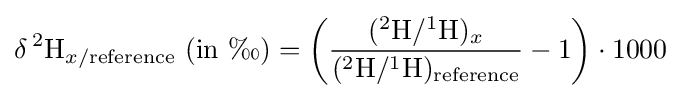
\delta \,^{2}\mathrm {H} _{x/{\text{reference}}}{\text{ (in ‰)}}=\left({\frac {(^{2}\mathrm {H} /^{1}\mathrm {H} )_{x}}{(^{2}\mathrm {H} /^{1}\mathrm {H} )_{\text{reference}}}}-1\right)\cdot 1000